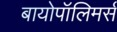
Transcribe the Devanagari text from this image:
बायोपॉलिमर्स